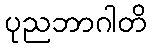
ပုညဘာဂါတိ